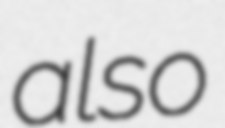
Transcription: also